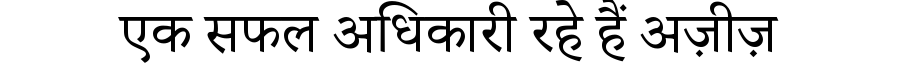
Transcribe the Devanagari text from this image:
एक सफल अधिकारी रहे हैं अज़ीज़